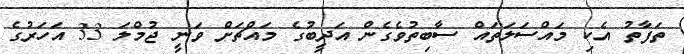
ތަފާތު އެކި މައްސަލަތައް ސާބިތުވެގެން އަދީބުގެ މައްޗަށް ވަނީ ޖުމްލަ 33 އަހަރުގެ